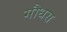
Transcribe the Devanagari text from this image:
गौधस